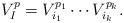
LaTeX: \begin{align*}V_I^p=V_{i_1}^{p_1}\cdots V_{i_k}^{p_k}.\end{align*}